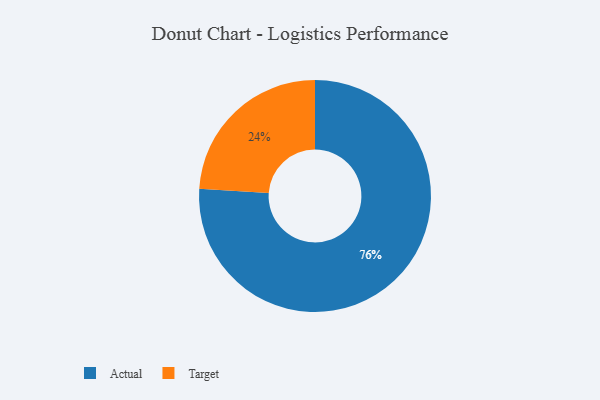
{"axis": {"x": "Category", "y": "Percentage"}, "legend": ["Actual", "Target"], "data": [{"x": "Actual", "y": 76, "type": "Actual"}, {"x": "Target", "y": 24, "type": "Target"}]}